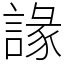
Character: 䛹